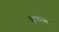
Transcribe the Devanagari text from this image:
झुलतायत